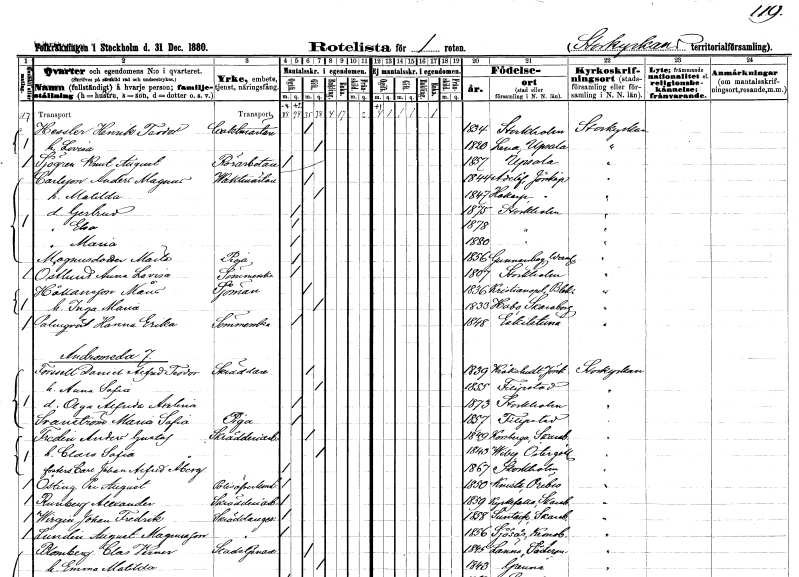
gt_parse: households: individuals: FN: Henrik Teodor
EN: Hessler
YRKE: Vaktmästare
KON: M
CIV: G
FODAR: 1834
FODFORS: Stockholm
FN: Lovisa
KON: K
CIV: G
FODAR: 1820
FODFORS: Lena Uppsala län
FN: Knut August
EN: Sjögren
YRKE: Rörarbetare
KON: M
CIV: O
FODAR: 1857
FODFORS: Uppsala Uppsala län
FN: Anders Magnus
EN: Carlsson
YRKE: Vaktmästare
KON: M
CIV: G
FODAR: 1844
FODFORS: Adelöv Jönköpings län
FN: Matilda
KON: K
CIV: G
FODAR: 1847
FODFORS: Hakarp Jönköpings län
FN: Gertrud
KON: K
CIV: O
FODAR: 1875
FODFORS: Stockholm
FN: Elsa
KON: K
CIV: O
FODAR: 1878
FODFORS: Stockholm
FN: Maria
KON: K
CIV: O
FODAR: 1880
FODFORS: Stockholm
FN: Maria
EN: Magnusdotter
YRKE: Piga
KON: K
CIV: O
FODAR: 1856
FODFORS: Gunnarskog Värmlands län
FN: Anna Lovisa
EN: Östlund
YRKE: Sömmerska
KON: K
CIV: O
FODAR: 1807
FODFORS: Stockholm
FN: Måns
EN: Håkansson
YRKE: Sjöman
KON: M
CIV: G
FODAR: 1836
FODFORS: Kristianopel Blekinge län
FN: Inga Maria
KON: K
CIV: G
FODAR: 1833
FODFORS: Habo Skaraborgs län
FN: Hanna Erika
EN: Palmqvist
YRKE: Sömmerska
KON: K
CIV: O
FODAR: 1848
FODFORS: Eskilstuna Södermanlands län
FN: Daniel Alfred Teodor
EN: Forsell
YRKE: Skräddare
KON: M
CIV: G
FODAR: 1839
FODFORS: Kråkshult Jönköpings län
FN: Anna Sofia
KON: K
CIV: G
FODAR: 1855
FODFORS: Filipstad Värmlands län
FN: Olga Alfrida Axelina
KON: K
CIV: O
FODAR: 1873
FODFORS: Stockholm
FN: Maria Sofia
EN: Svanström
YRKE: Piga
KON: K
CIV: O
FODAR: 1857
FODFORS: Filipstad Värmlands län
FN: Anders Gustaf
EN: Fredin
YRKE: Skrädderiarbetare
KON: M
CIV: G
FODAR: 1849
FODFORS: Korsberga Jönköpings län
FN: Clara Sofia
KON: K
CIV: G
FODAR: 1843
FODFORS: Viby Östergötlands län
FN: Carl Johan Alfred
EN: Åberg
KON: M
CIV: O
FODAR: 1867
FODFORS: Stockholm
FN: Per August
EN: Östling
YRKE: Polisöverkonstapel
KON: M
CIV: O
FODAR: 1850
FODFORS: Knista Örebro län
FN: Alexander
EN: Runberg
YRKE: Skrädderiarbetare
KON: M
CIV: O
FODAR: 1859
FODFORS: Kyrkefalla Skaraborgs län
FN: Johan Fredrik
EN: Wirgin
YRKE: Skräddaregesäll
KON: M
CIV: O
FODAR: 1858
FODFORS: Suntak Skaraborgs län